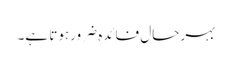
بہرحال فائدہ ضرورہوتا ہے۔